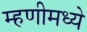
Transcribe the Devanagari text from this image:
म्हणीमध्ये